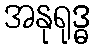
အနုရုဒ္ဓ